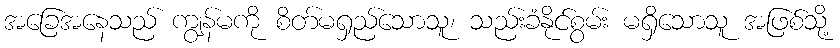
အခြေအနေသည် ကျွန်မကို စိတ်မရှည်သောသူ၊ သည်းခံနိုင်စွမ်း မရှိသောသူ အဖြစ်သို့